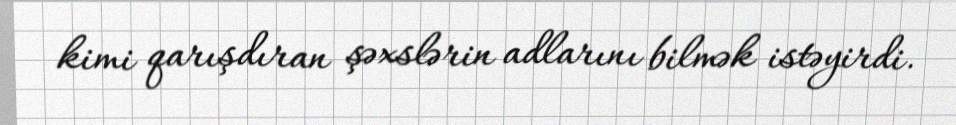
kimi qarışdıran şəxslərin adlarını bilmək istəyirdi.